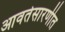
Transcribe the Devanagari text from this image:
आवर्तसारणीत